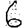
Digit: 6